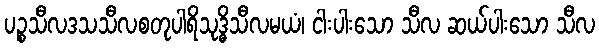
ပဉ္စသီလဒသသီလစတုပါရိသုဒ္ဓိသီလမယံ၊ ငါးပါးသော သီလ ဆယ်ပါးသော သီလ